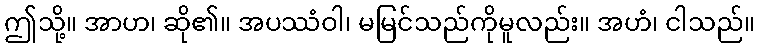
ဤသို့။ အာဟ၊ ဆို၏။ အပဿံဝါ၊ မမြင်သည်ကိုမူလည်း။ အဟံ၊ ငါသည်။